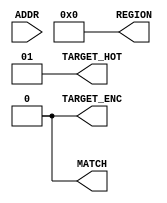
// -- (c) Copyright 2010 - 2011 Xilinx, Inc. All rights reserved.
// --
// -- This file contains confidential and proprietary information
// -- of Xilinx, Inc. and is protected under U.S. and 
// -- international copyright and other intellectual property
// -- laws.
// --
// -- DISCLAIMER
// -- This disclaimer is not a license and does not grant any
// -- rights to the materials distributed herewith. Except as
// -- otherwise provided in a valid license issued to you by
// -- Xilinx, and to the maximum extent permitted by applicable
// -- law: (1) THESE MATERIALS ARE MADE AVAILABLE "AS IS" AND
// -- WITH ALL FAULTS, AND XILINX HEREBY DISCLAIMS ALL WARRANTIES
// -- AND CONDITIONS, EXPRESS, IMPLIED, OR STATUTORY, INCLUDING
// -- BUT NOT LIMITED TO WARRANTIES OF MERCHANTABILITY, NON-
// -- INFRINGEMENT, OR FITNESS FOR ANY PARTICULAR PURPOSE; and
// -- (2) Xilinx shall not be liable (whether in contract or tort,
// -- including negligence, or under any other theory of
// -- liability) for any loss or damage of any kind or nature
// -- related to, arising under or in connection with these
// -- materials, including for any direct, or any indirect,
// -- special, incidental, or consequential loss or damage
// -- (including loss of data, profits, goodwill, or any type of
// -- loss or damage suffered as a result of any action brought
// -- by a third party) even if such damage or loss was
// -- reasonably foreseeable or Xilinx had been advised of the
// -- possibility of the same.
// --
// -- CRITICAL APPLICATIONS
// -- Xilinx products are not designed or intended to be fail-
// -- safe, or for use in any application requiring fail-safe
// -- performance, such as life-support or safety devices or
// -- systems, Class III medical devices, nuclear facilities,
// -- applications related to the deployment of airbags, or any
// -- other applications that could lead to death, personal
// -- injury, or severe property or environmental damage
// -- (individually and collectively, "Critical
// -- Applications"). Customer assumes the sole risk and
// -- liability of any use of Xilinx products in Critical
// -- Applications, subject only to applicable laws and
// -- regulations governing limitations on product liability.
// --
// -- THIS COPYRIGHT NOTICE AND DISCLAIMER MUST BE RETAINED AS
// -- PART OF THIS FILE AT ALL TIMES.
//-----------------------------------------------------------------------------
//
// Description: Addr Decoder
// Each received address is compared to base and high address pairs for each 
//   of a set of decode targets. 
// The matching target's index (if any) is output combinatorially.
// If the decode is successful (matches any target), the MATCH output is asserted.
// For each target, a set of alternative address ranges may be specified.
// The base and high address pairs are formatted as a pair of 2-dimensional arrays,
//   alternative address ranges iterate within each target.
// The alternative range which matches the address is also output as REGION.
//
// Verilog-standard:  Verilog 2001
//--------------------------------------------------------------------------
//
// Structure:
//   addr_decoder
//      comparator_static
//
//--------------------------------------------------------------------------
`timescale 1ps/1ps

(* DowngradeIPIdentifiedWarnings="yes" *) 
module axi_crossbar_v2_1_9_addr_decoder #
  (
   parameter         C_FAMILY          = "none",
   parameter integer C_NUM_TARGETS     = 2,  // Number of decode targets = [1:16]
   parameter integer C_NUM_TARGETS_LOG = 1,  // Log2(C_NUM_TARGETS)
   parameter integer C_NUM_RANGES      = 1, // Number of alternative ranges that
                                             //    can match each target [1:16]
   parameter integer C_ADDR_WIDTH      = 32, // Width of decoder operand and of
                                             //   each base and high address [2:64]
   parameter integer C_TARGET_ENC      = 0,  // Enable encoded target output
   parameter integer C_TARGET_HOT      = 1,  // Enable 1-hot target output
   parameter integer C_REGION_ENC      = 0,   // Enable REGION output
   parameter [C_NUM_TARGETS*C_NUM_RANGES*64-1:0] C_BASE_ADDR = {C_NUM_TARGETS*C_NUM_RANGES*64{1'b1}}, 
   parameter [C_NUM_TARGETS*C_NUM_RANGES*64-1:0] C_HIGH_ADDR = {C_NUM_TARGETS*C_NUM_RANGES*64{1'b0}}, 
   parameter [C_NUM_TARGETS:0]    C_TARGET_QUAL                 = {C_NUM_TARGETS{1'b1}},
                       // Indicates whether each target has connectivity.
                       // Format: C_NUM_TARGETS{Bit1}.
   parameter integer   C_RESOLUTION                 = 0,
                       // Number of low-order ADDR bits that can be ignored when decoding.
   parameter integer   C_COMPARATOR_THRESHOLD       = 6
                       // Number of decoded ADDR bits above which will implement comparator_static.
   )
  (
   input  wire [C_ADDR_WIDTH-1:0]      ADDR,        // Decoder input operand
   output wire [C_NUM_TARGETS-1:0]     TARGET_HOT,  // Target matching address (1-hot)
   output wire [C_NUM_TARGETS_LOG-1:0] TARGET_ENC,  // Target matching address (encoded)
   output wire                         MATCH,       // Decode successful
   output wire [3:0]                   REGION      // Range within target matching address (encoded)
   );
  
  
  /////////////////////////////////////////////////////////////////////////////
  // Variables for generating parameter controlled instances.
  genvar target_cnt;
  genvar region_cnt;
  
  
  /////////////////////////////////////////////////////////////////////////////
  // Function to detect addrs is in the addressable range.
  // Only compare 4KB page address (ignore low-order 12 bits)
  function  decode_address;
    input [C_ADDR_WIDTH-1:0] base, high, addr;
    reg   [C_ADDR_WIDTH-C_RESOLUTION-1:0] mask;
    reg   [C_ADDR_WIDTH-C_RESOLUTION-1:0] addr_page;
    reg   [C_ADDR_WIDTH-C_RESOLUTION-1:0] base_page;
    reg   [C_ADDR_WIDTH-C_RESOLUTION-1:0] high_page;
  begin
    addr_page = addr[C_RESOLUTION+:C_ADDR_WIDTH-C_RESOLUTION];
    base_page = base[C_RESOLUTION+:C_ADDR_WIDTH-C_RESOLUTION];
    high_page = high[C_RESOLUTION+:C_ADDR_WIDTH-C_RESOLUTION];
    if (base[C_ADDR_WIDTH-1] & ~high[C_ADDR_WIDTH-1]) begin
      decode_address = 1'b0;
    end else begin
      mask  = base_page ^ high_page;
      if ( (base_page & ~mask) == (addr_page & ~mask) ) begin
        decode_address = 1'b1;
      end else begin
        decode_address = 1'b0;
      end
    end
  end
  endfunction
  
  // Generates a binary coded from onehotone encoded
  function [3:0] f_hot2enc
    (
      input [15:0]  one_hot
    );
    begin
      f_hot2enc[0] = |(one_hot & 16'b1010101010101010);
      f_hot2enc[1] = |(one_hot & 16'b1100110011001100);
      f_hot2enc[2] = |(one_hot & 16'b1111000011110000);
      f_hot2enc[3] = |(one_hot & 16'b1111111100000000);
    end
  endfunction

  /////////////////////////////////////////////////////////////////////////////
  // Internal signals
  wire [C_NUM_TARGETS-1:0]              TARGET_HOT_I;     // Target matching address (1-hot).
  wire [C_NUM_TARGETS*C_NUM_RANGES-1:0] ADDRESS_HIT;      // For address hit (1-hot).
  wire [C_NUM_TARGETS*C_NUM_RANGES-1:0] ADDRESS_HIT_REG;  // For address hit (1-hot).
  wire [C_NUM_RANGES-1:0]               REGION_HOT;       // Reginon matching address (1-hot).
  wire [3:0]                            TARGET_ENC_I;     // Internal version of encoded hit. 
  /////////////////////////////////////////////////////////////////////////////
  // Generate detection per region per target.
  generate
    for (target_cnt = 0; target_cnt < C_NUM_TARGETS; target_cnt = target_cnt + 1) begin : gen_target
      for (region_cnt = 0; region_cnt < C_NUM_RANGES; region_cnt = region_cnt + 1) begin : gen_region
        // Detect if this is an address hit (including used region decoding).
        if ((C_ADDR_WIDTH - C_RESOLUTION) > C_COMPARATOR_THRESHOLD) begin : gen_comparator_static
          if (C_TARGET_QUAL[target_cnt] &&
              ((C_BASE_ADDR[(target_cnt*C_NUM_RANGES+region_cnt)*64 +: C_ADDR_WIDTH] == 0) ||
               (C_HIGH_ADDR[(target_cnt*C_NUM_RANGES+region_cnt)*64 +: C_ADDR_WIDTH] != 0))) begin : gen_addr_range
            generic_baseblocks_v2_1_0_comparator_static #
            (
            .C_FAMILY("rtl"),
            .C_VALUE(C_BASE_ADDR[(target_cnt*C_NUM_RANGES+region_cnt)*64+C_RESOLUTION +: C_ADDR_WIDTH-C_RESOLUTION]),
            .C_DATA_WIDTH(C_ADDR_WIDTH-C_RESOLUTION)
            ) addr_decode_comparator
            (
            .CIN(1'b1),
            .A(ADDR[C_RESOLUTION +: C_ADDR_WIDTH-C_RESOLUTION] &
              ~(C_BASE_ADDR[(target_cnt*C_NUM_RANGES+region_cnt)*64+C_RESOLUTION +: C_ADDR_WIDTH-C_RESOLUTION] ^
                C_HIGH_ADDR[(target_cnt*C_NUM_RANGES+region_cnt)*64+C_RESOLUTION +: C_ADDR_WIDTH-C_RESOLUTION])),
            .COUT(ADDRESS_HIT[target_cnt*C_NUM_RANGES + region_cnt])
            );
          end else begin : gen_null_range
            assign ADDRESS_HIT[target_cnt*C_NUM_RANGES + region_cnt] = 1'b0;
          end
        end else begin : gen_no_comparator_static
          assign ADDRESS_HIT[target_cnt*C_NUM_RANGES + region_cnt] = C_TARGET_QUAL[target_cnt] ? 
                                    decode_address(
                                      C_BASE_ADDR[(target_cnt*C_NUM_RANGES+region_cnt)*64 +: C_ADDR_WIDTH],
                                      C_HIGH_ADDR[(target_cnt*C_NUM_RANGES+region_cnt)*64 +: C_ADDR_WIDTH],
                                      ADDR)
                                    : 1'b0;
        end  // gen_comparator_static
        assign ADDRESS_HIT_REG[region_cnt*C_NUM_TARGETS+target_cnt] = ADDRESS_HIT[target_cnt*C_NUM_RANGES + region_cnt];
      end  // gen_region
      
      // All regions are non-overlapping
      // => Or all the region detections for this target to determine if it is a hit.
      assign TARGET_HOT_I[target_cnt]  = | ADDRESS_HIT[target_cnt*C_NUM_RANGES +: C_NUM_RANGES];
    end  // gen_target
    
    for (region_cnt = 0; region_cnt < C_NUM_RANGES; region_cnt = region_cnt + 1) begin : gen_region_or
      assign REGION_HOT[region_cnt] = | ADDRESS_HIT_REG[region_cnt*C_NUM_TARGETS +: C_NUM_TARGETS];
    end  // gen_region_or
  endgenerate
  
  
  /////////////////////////////////////////////////////////////////////////////
  // All regions are non-overlapping
  // => Or all the target hit detections if it is a match.
  assign MATCH = | TARGET_HOT_I;
  
  
  /////////////////////////////////////////////////////////////////////////////
  // Assign conditional onehot target output signal.
  generate
    if (C_TARGET_HOT == 1) begin : USE_TARGET_ONEHOT
      assign TARGET_HOT = MATCH ? TARGET_HOT_I : 1;
    end else begin : NO_TARGET_ONEHOT
      assign TARGET_HOT = {C_NUM_TARGETS{1'b0}};
    end
  endgenerate
  
  
  /////////////////////////////////////////////////////////////////////////////
  // Assign conditional encoded target output signal.
  generate
    if (C_TARGET_ENC == 1) begin : USE_TARGET_ENCODED
      assign TARGET_ENC_I = f_hot2enc(TARGET_HOT_I);
      assign TARGET_ENC   = TARGET_ENC_I[C_NUM_TARGETS_LOG-1:0];
    end else begin : NO_TARGET_ENCODED
      assign TARGET_ENC = {C_NUM_TARGETS_LOG{1'b0}};
    end
  endgenerate
  
  
  /////////////////////////////////////////////////////////////////////////////
  // Assign conditional encoded region output signal.
  generate
    if (C_TARGET_ENC == 1) begin : USE_REGION_ENCODED
      assign REGION = f_hot2enc(REGION_HOT);
    end else begin : NO_REGION_ENCODED
      assign REGION = 4'b0;
    end
  endgenerate
  
  
endmodule